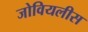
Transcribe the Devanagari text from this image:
जोवियलीस